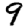
Digit: 9